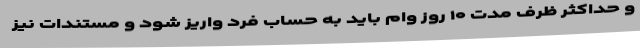
و حداکثر ظرف مدت ۱۰ روز وام باید به حساب فرد واریز شود و مستندات نیز